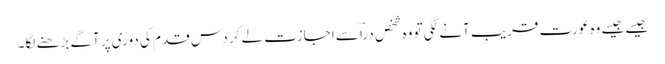
جیسے جیسے وہ عورت قریب آنے لگی تو وہ شخص دراؔ سے اجازت لے کر دس قدم کی دوری پر آگے بڑھنے لگا۔